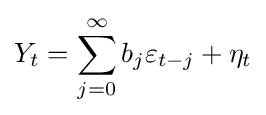
Y_{t}=\sum _{j=0}^{\infty }b_{j}\varepsilon _{t-j}+\eta _{t}